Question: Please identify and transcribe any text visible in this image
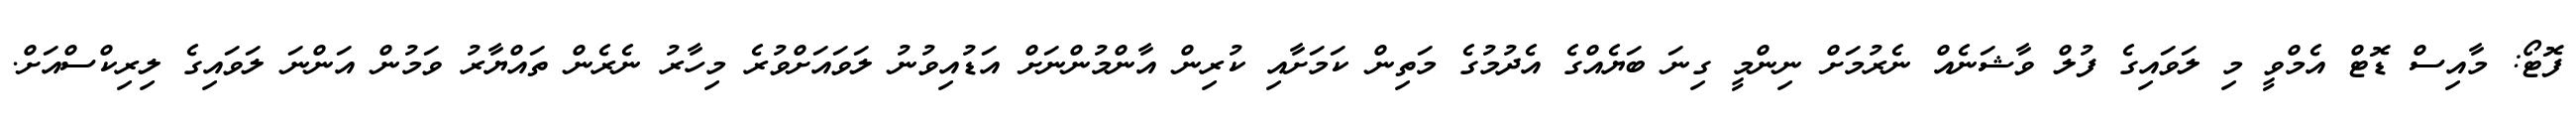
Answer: ފޮޓޯ: މާއިސް ޑޮޓް އެމްވީ މި ލަވައިގެ ފުލް ވާޝަނެއް ނެރުމަށް ނިންމީ ގިނަ ބަޔެއްގެ އެދުމުގެ މަތިން ކަމަށާއި ކުރިން އާންމުންނަށް އަޑުއިވުނު ލަވައަށްވުރެ މިހާރު ނެރެން ތައްޔާރު ވަމުން އަންނަ ލަވައިގެ ލިރިކްސްއަށް.